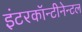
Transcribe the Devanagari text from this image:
इंटरकॉन्टीनेन्टल